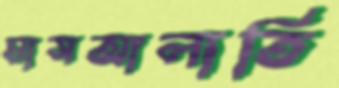
মাসআলাতি